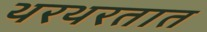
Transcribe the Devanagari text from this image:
थरथरतात